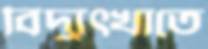
বিদ্যুৎখাতে